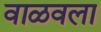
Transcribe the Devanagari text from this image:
वाळवला